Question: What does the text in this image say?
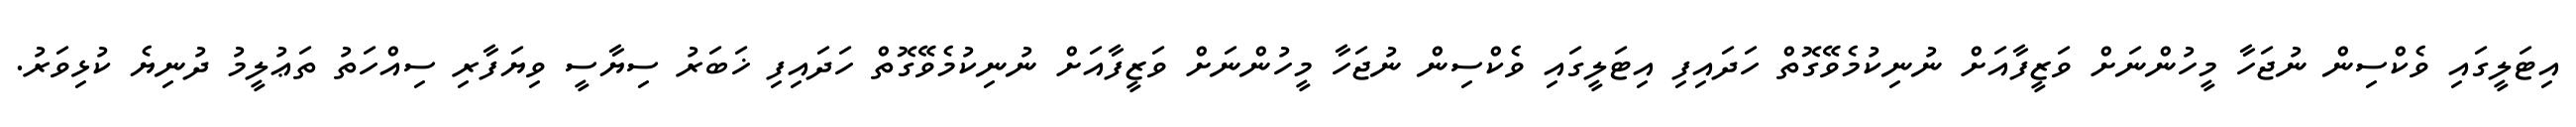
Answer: އިޓަލީގައި ވެކްސިން ނުޖަހާ މީހުންނަށް ވަޒީފާއަށް ނުނިކުމެވޭގޮތް ހަދައިފި އިޓަލީގައި ވެކްސިން ނުޖަހާ މީހުންނަށް ވަޒީފާއަށް ނުނިކުމެވޭގޮތް ހަދައިފި ޚަބަރު ސިޔާސީ ވިޔަފާރި ސިއްހަތު ތަޢުލީމު ދުނިޔެ ކުޅިވަރު.